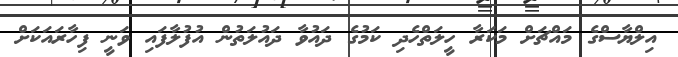
އިލްޔާސްގެ މައްޗަށް މަކަރާ ހީލަތްހެދި ކަމުގެ ދައުވާ ދައުލަތުން އުފުލާފައި ވަނީ ފިހާރައަކަށް